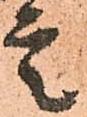
言